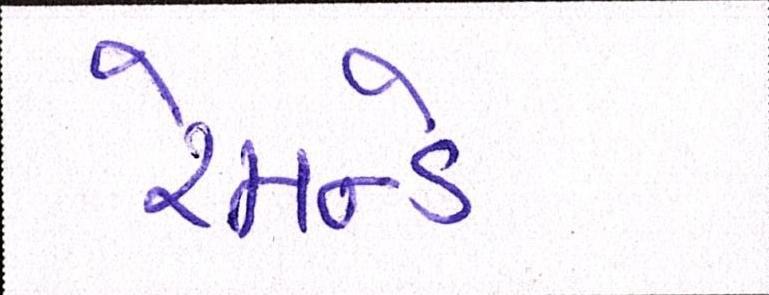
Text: રેમન્ડે